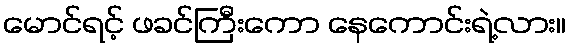
မောင်ရင့် ဖခင်ကြီးကော နေကောင်းရဲ့လား။